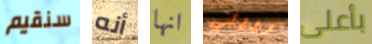
سنقيم أنه انها لبيتي بأعلى